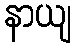
နာယျ